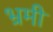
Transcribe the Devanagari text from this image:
भ्रमी